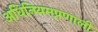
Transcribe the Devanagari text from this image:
अधिनियमप्रणाली